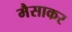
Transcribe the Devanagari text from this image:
मैसाकर